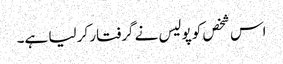
اس شخص کو پولیس نے گرفتار کر لیا ہے۔